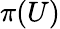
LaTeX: \pi(U)